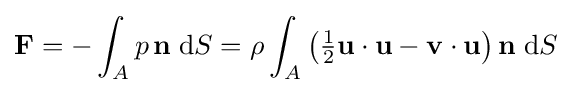
\mathbf {F} =-\int _{A}p\,\mathbf {n} \;\mathrm {d} S=\rho \int _{A}\left({\tfrac {1}{2}}\mathbf {u} \cdot \mathbf {u} -\mathbf {v} \cdot \mathbf {u} \right)\mathbf {n} \;\mathrm {d} S